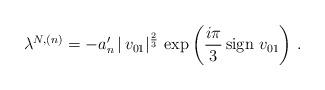
LaTeX: \begin{align*} \lambda^{N,(n)} = - a'_n \, |\, v_{01}|^\frac 23 \, \exp \left(\frac{i\pi}{3} \,{\rm sign}\, \, v_{01}\right) \,.\end{align*}